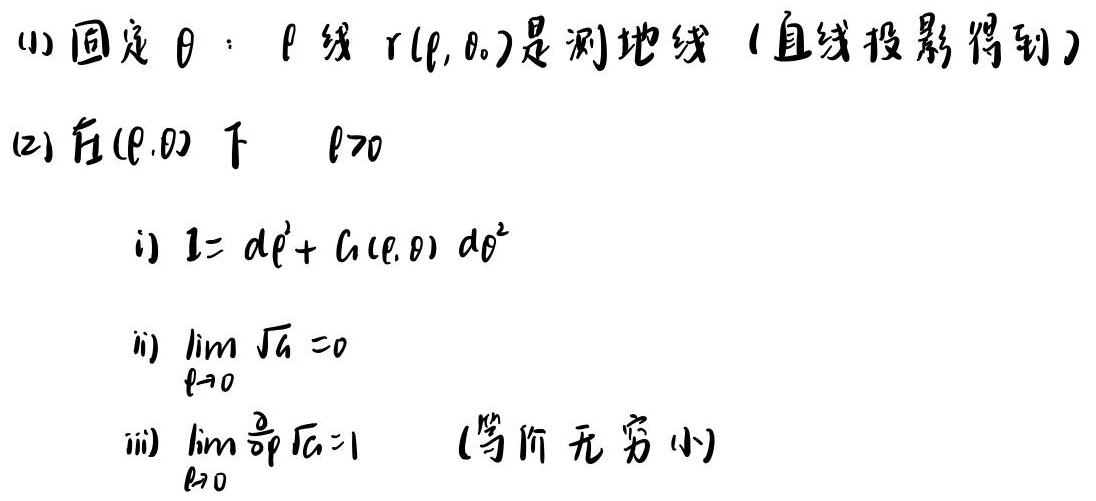
(1) 固定 $\theta$：$\rho$ 线 $r(\rho,\theta_0)$ 是测地线（直线投影得到）
(2) 在 $(\rho,\theta)$ 下 $\rho > 0$
    i) $1 = d\rho^2 + G(\rho,\theta)d\theta^2$
    ii) $\lim_{\rho \to 0} \sqrt{G} = 0$
    iii) $\lim_{\rho \to 0} \frac{\partial}{\partial \rho}\sqrt{G}=1$ （等阶无穷小）